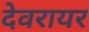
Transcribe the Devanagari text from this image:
देवरायर